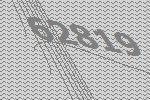
62819